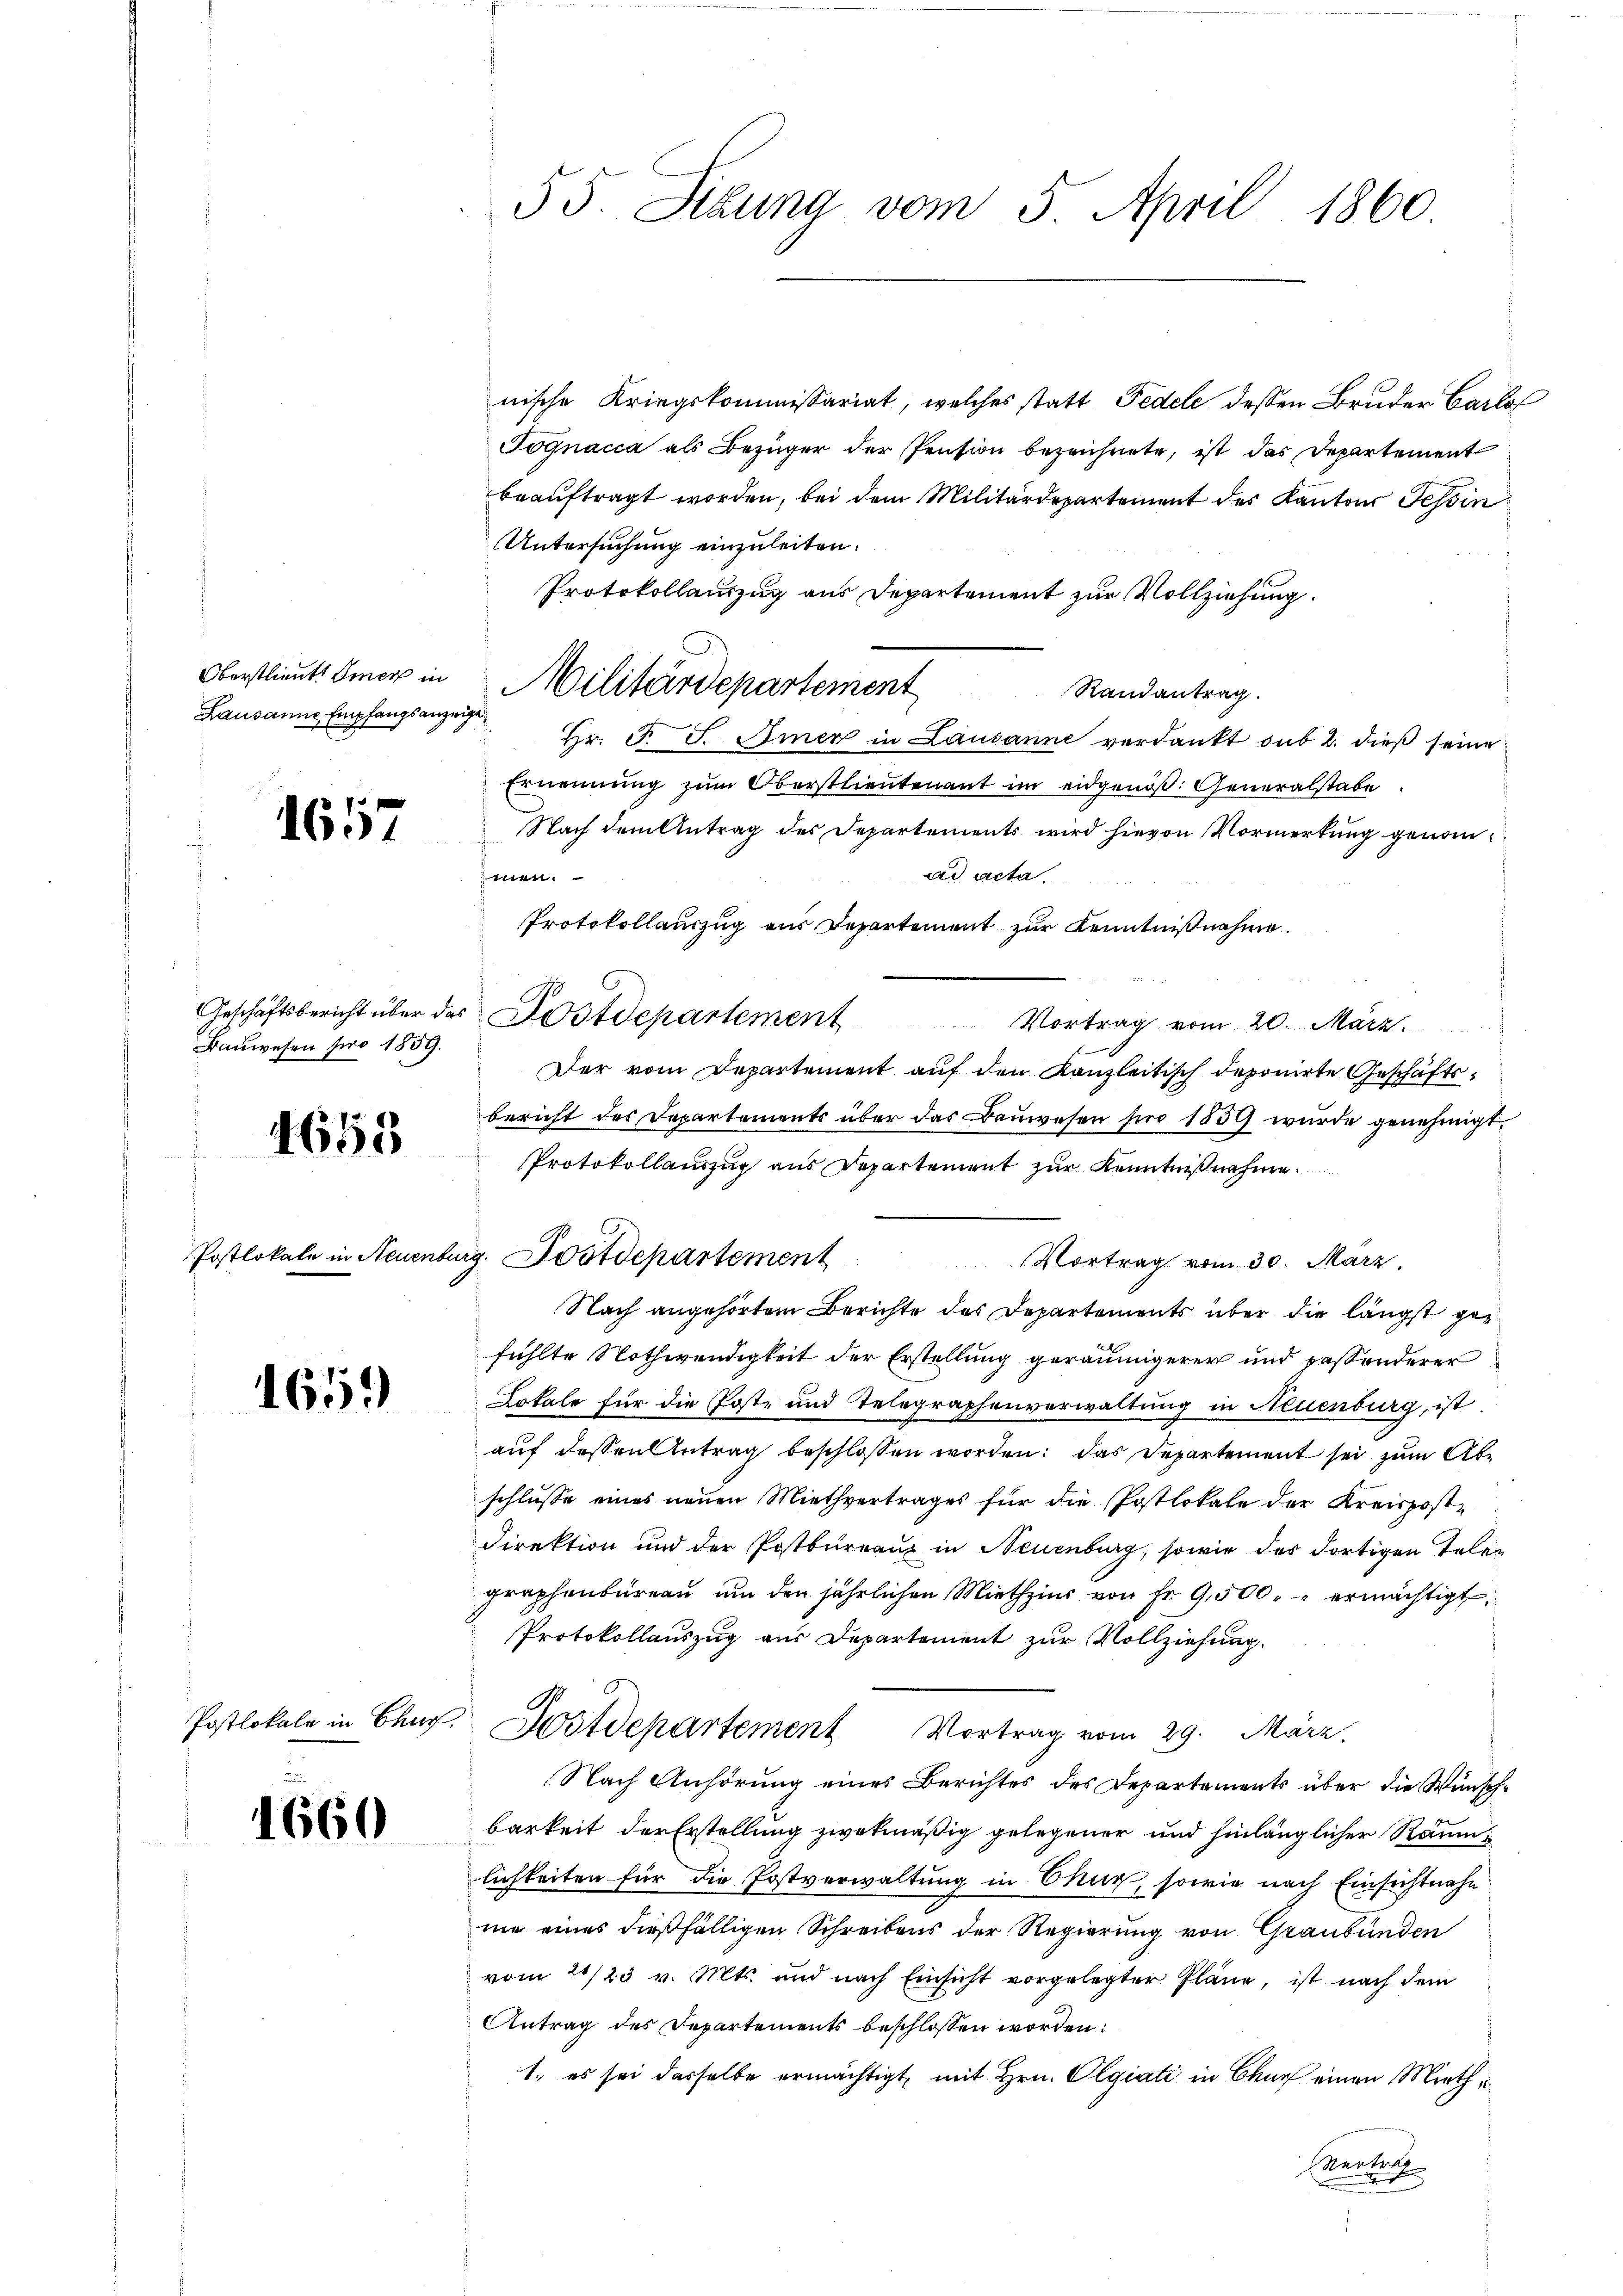
Oberstlieutt Omer in
Lausanne Empfangsanzeige

1657

Bauwesen pro 1859.

4653

Postlokale in Neuenbe

1659

Postlokale in Chug

1660

.

55 Sibung vom 5. April 1860.

nische Kriegskommissariat, welches statt Fedele dessen Bruder Carlo
Pognacca als Bezüger der Pension bezeichnete, ist das Departement
beauftragt worden, bei dem Militärdepartement des Kantons Tessin
Untersuchung einzuleiten.
Protokollauszug aus Departement zur Vollziehung.
Randantrag.
Hr. F. S. Amer in Lausanne verdankt sub 2. dieß seine
Ernennung zum Oberstlieutenant im eidgenoß. Generalstabe
Nach dem Antrag des Departements wird hievon Vormerkung genom
ad acta.
n.
Protokollauszug aus Departement zur Kenntnißnahme.
Geschäftsbericht über das Postdepartement Vortrag vom 20. März.
Der vom Departement auf den Kanzleitisch deponirte Geschäftsbericht des Departements über das Bauwesen pro 1859 wurde genehmigt.
Protokollauszug aus Departement zur Kenntniß nehme
Vortrag vom 30. März.
Nach angehörtem Berichte des Departements über die längst gefühlte Nothwendigkeit der Erstellung geräumigerer und passonderer
Lokale für die Poste und Telegraphenverwaltung in Neuenburg, ist
auf dessen Antrag beschlossen worden: das Departement sei zum Abschlusse eines neuen Miethvertrages für die Postlokale der Kreispost-
Direktion und der Postbureau in Neuenburg, sowie des dortigen Telen
graphenbarern um den jährlichen Miethzins von Fr. 9,500. ermächtigt,
Protokollauszug aus Departement zur Vollziehung.
Dostdepartement Vortrag vom 29. März.
Nach Anhörung eines Berichtes des Departements über die Wünschbarkeit der Erstellung zwekmäßig gelegener und hinlänglicher Räum
lichkeiten für die Postverwaltung in Chur, sowie nach Einsichtnahm
ne eines dießfälligen Schreibens der Regierung von Graubünden
vom 21/23 v. Mts. und nach Einsicht vorgelegter Pläne, ist nach dem
Antrag des Departements beschlossen worden.
1., es sei dasselbe ermächtigt, mit Hrn. Olgiati in Chur einen Mieth u
Kartet

Militärdepartement

ag. Postdepartement